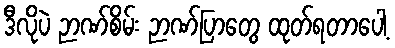
ဒီလိုပဲ ဉာဏ်စိမ်း ဉာဏ်ပြာတွေ ထုတ်ရတာပေါ့